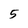
Character: 5